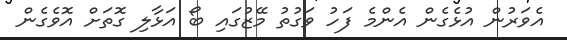
އެވަރުން އުޅެގެން އެންމެ ފަހު ވަގުތު މޭޒުގައި ބޯ އަޅާލި ގޮތަށް އޮވެގެން